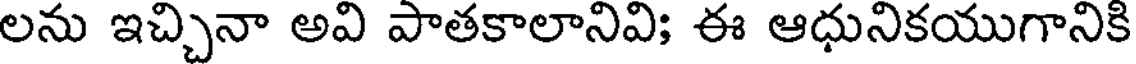
లను ఇచ్చినా అవి పాతకాలానివి; ఈ ఆధునికయుగానికి